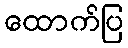
ထောက်ပြ